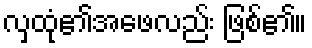
လှထုံ၏အဖေလည်း ဖြစ်၏။